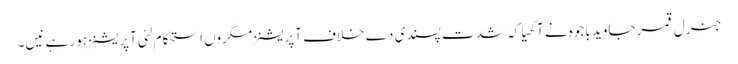
جنرل قمر جاوید باجوہ نے آکھیا کہ شدت پسندی دے خلاف آپریشنز مگروں استحکام لئی آپریشنز ہو رہے نیں۔